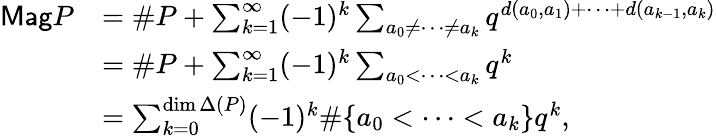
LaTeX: \begin{array}{rl}{{\sf Mag}P}&{=\# P+\sum_{k=1}^{\infty}(-1)^{k}\sum_{a_{0}\neq\dots\neq a_{k}}q^{d(a_{0},a_{1})+\dots+d(a_{k-1},a_{k})}}\\ &{=\# P+\sum_{k=1}^{\infty}(-1)^{k}\sum_{a_{0}<\dots<a_{k}}q^{k}}\\ &{=\sum_{k=0}^{\dim\Delta(P)}(-1)^{k}\# \{ a_{0}<\dots<a_{k}\} q^{k},}\end{array}